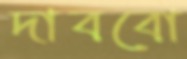
দাববো